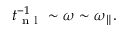
\begin{array} { r } { t _ { \mathrm { ~ n ~ l ~ } } ^ { - 1 } \sim \omega \sim { \omega _ { \parallel } } . } \end{array}